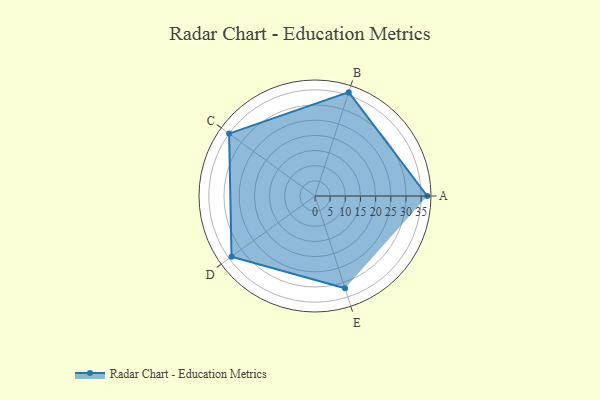
{"axis": {"x": "Skill", "y": "Score"}, "legend": ["Profile"], "data": [{"x": "A", "y": 37.0, "type": "Profile"}, {"x": "B", "y": 36.0, "type": "Profile"}, {"x": "C", "y": 35.0, "type": "Profile"}, {"x": "D", "y": 34.0, "type": "Profile"}, {"x": "E", "y": 32.0, "type": "Profile"}]}